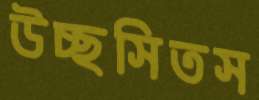
উচ্ছসিতস